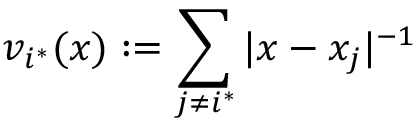
v _ { i ^ { * } } ( x ) : = \sum _ { j \not = i ^ { * } } | x - x _ { j } | ^ { - 1 }